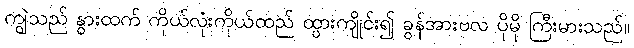
ကျွဲသည် နွားထက် ကိုယ်လုံးကိုယ်ထည် ထွားကျိုင်း၍ ခွန်အားဗလ ပိုမို ကြီးမားသည်။